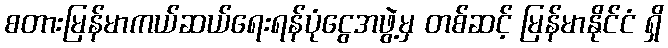
စတားမြန်မာကယ်ဆယ်ရေးရန်ပုံငွေအဖွဲ့မှ တစ်ဆင့် မြန်မာနိုင်ငံ ရှိ